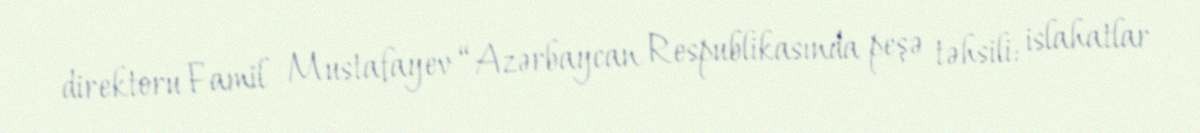
direktoru Famil Mustafayev “Azərbaycan Respublikasında peşə təhsili: islahatlar